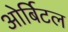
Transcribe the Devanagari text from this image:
ओर्बिटल